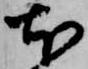
本